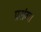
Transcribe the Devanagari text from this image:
प्रसंग।